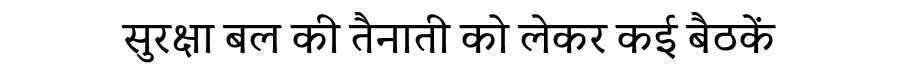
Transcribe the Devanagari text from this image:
सुरक्षा बल की तैनाती को लेकर कई बैठकें